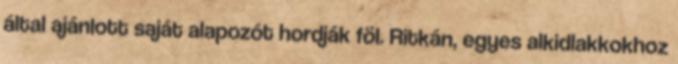
által ajánlott saját alapozót hordják föl. Ritkán, egyes alkidlakkokhoz